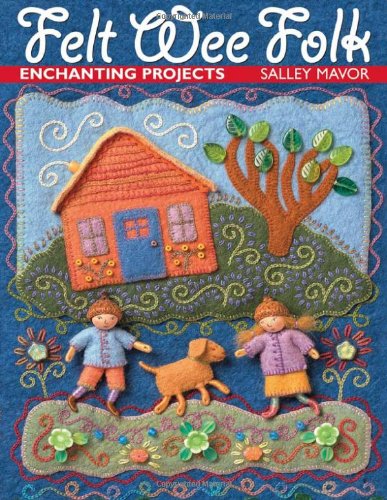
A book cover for Felt Wee Folk: Enchanting Projects; Salley Mavor; Crafts, Hobbies & Home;